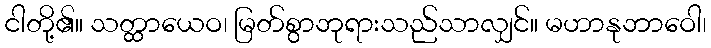
ငါတို့၏။ သတ္ထာယေဝ၊ မြတ်စွာဘုရားသည်သာလျှင်။ မဟာနုဘာဝေါ၊